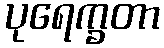
ပုရေက္ခတာ